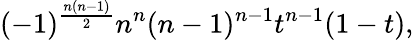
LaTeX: (-1)^{\frac{n(n-1)}{2}}n^{n}(n-1)^{n-1}t^{n-1}(1-t),